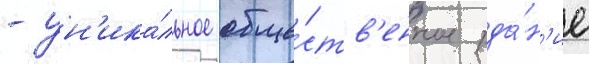
- ун'ика́льное обще́ств'енное зда́н'ие